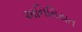
અનિમિયત